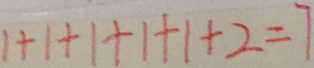
1 + 1 + 1 + 1 + 1 + 2 = 7